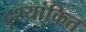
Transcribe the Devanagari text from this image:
दृश्यांकित